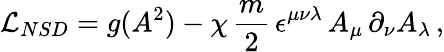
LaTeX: {\cal L}_{NSD}=g(A^{2})-\chi\, \frac{m}{2}\, \epsilon^{\mu\nu\lambda}\, A_{\mu}\, \partial_{\nu}A_{\lambda}\, ,